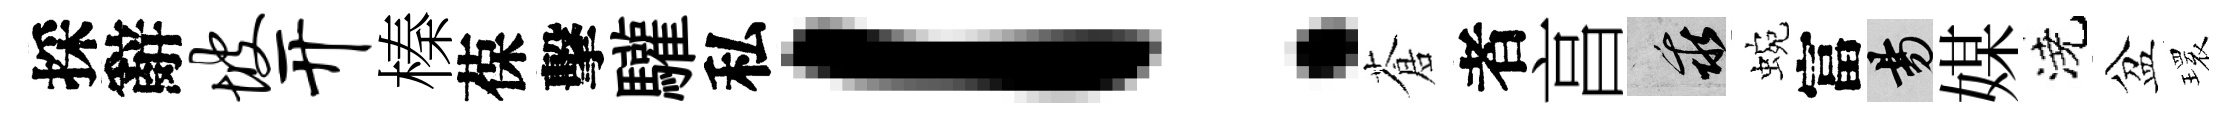
採辭坡开榛葆擊驩私！蒼者亯乖蜿富昜媒澆盆𤨔